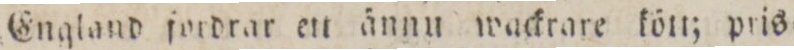
England fordrar ett ännu wackrare kött; pris=